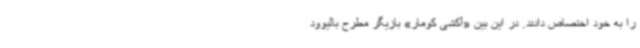
را به خود اختصاص دادند. در این بین «آکشی کومار» بازیگر مطرح بالیوود